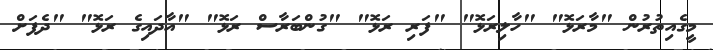
މީގެއިތުރުން "މާރަޅޮ" "ހާލިރަޅޮ" "ފަރި ރަޅޮ" "ގުންބަރާސް ރަޅޮ" "އާދައިގެ ރަޅޮ" "ދެފަށް